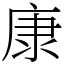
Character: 康